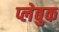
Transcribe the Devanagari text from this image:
प्लेबुक